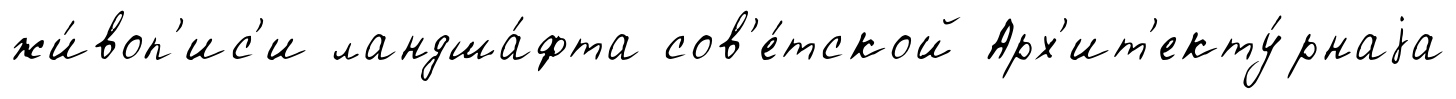
жи́воп'ис'и ландша́фта сов'е́тской Арх'ит'екту́рнаjа